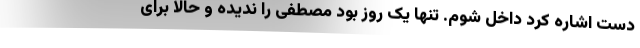
دست اشاره کرد داخل شوم. تنها یک روز بود مصطفی را ندیده و حالا برای